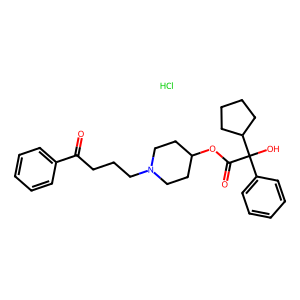
SMILES: Cl.O=C(CCCN1CCC(OC(=O)C(O)(c2ccccc2)C2CCCC2)CC1)c1ccccc1
Inhibits HIV replication: No